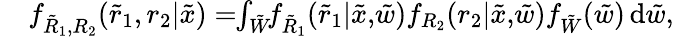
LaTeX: \begin{array}{rl}&{f_{{{\tilde{R}_{1}}},{{{R_{2}}}}}(\tilde{r}_{1},{r_{2}}|\tilde{x})=\! \! \int_{\tilde{W}}\! \! f_{{{{\tilde{R}}}_{1}}}({{{\tilde{r}}}_{1}}|\tilde{x},\! \tilde{w})f_{{{{R}}_{2}}}({{{r}}_{2}}|\tilde{x},\! \tilde{w})f_{{{\tilde{W}}}}(\tilde{w})\, \mathrm{d}{\tilde{w}},}\end{array}